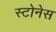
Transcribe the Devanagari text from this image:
स्टोनेस